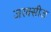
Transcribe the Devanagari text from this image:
जरक्सीज